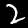
Label: 2